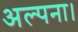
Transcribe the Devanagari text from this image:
अल्पना।